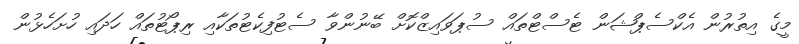
މީގެ އިތުރުން އެކްސެޕްޝަން ޓެސްޓްތައް ސުޕަވައިޒްކޮށް ބޭނުންވާ ސެޓުފިކެޓުތަކާއި ރިޕޯޓުތައް ހަދައި ހުށަހެޅުން